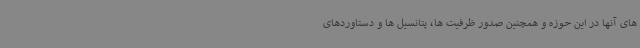
های آنها در این حوزه و همچنین صدور ظرفیت ها، پتانسیل ها و دستاوردهای